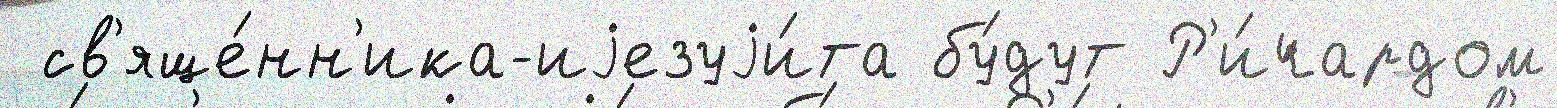
 св'яще́нн'ика-иjезуjи́та бу́дут Р'и́чардом